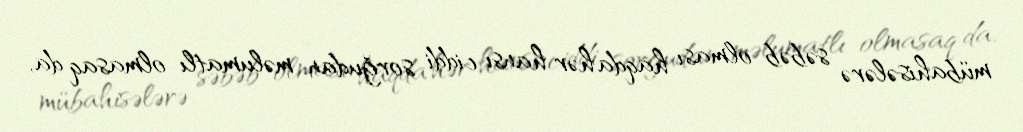
mübahisələrə səbəb olması haqda hər hansı ciddi sorğudan məlumatlı olmasaq da,